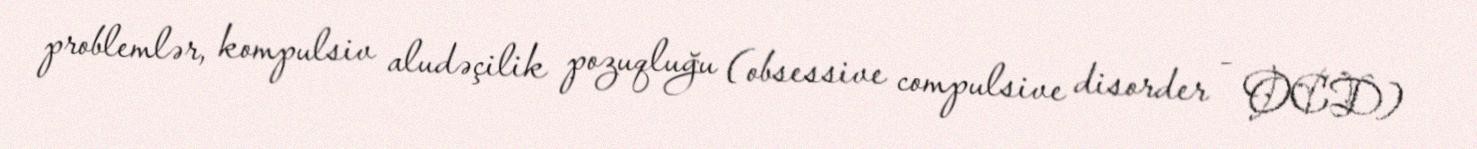
problemlər, kompulsiv aludəçilik pozuqluğu (obsessive compulsive disorder - OCD)